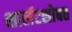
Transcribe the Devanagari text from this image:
शार्लटसोबत